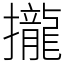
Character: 攏